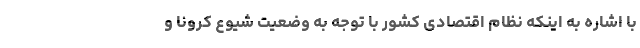
با اشاره به اینکه نظام اقتصادی کشور با توجه به وضعیت شیوع کرونا و